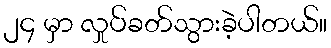
၂၄ မှာ လှုပ်ခတ်သွားခဲ့ပါတယ်။